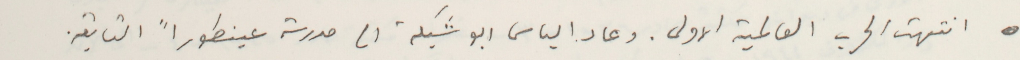
- انتهت الحرب العالمية الاولى. وعاد الياس ابو شبكة الى مدرسة عينطوراً التابعة.